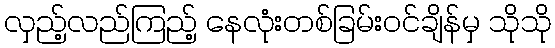
လှည့်လည်ကြည့် နေလုံးတစ်ခြမ်းဝင်ချိန်မှ သိုသို